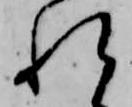
れ